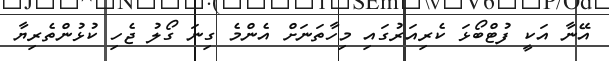
އޭނާ އަކީ ފުޓްބޯޅަ ކެރިއަރުގައި މިހާތަނަށް އެންމެ ގިނަ ގޯލު ޖެހި ކުޅުންތެރިޔާ